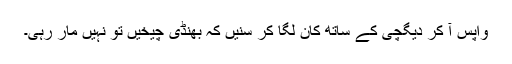
واپس آ کر دیگچی کے ساتھ کان لگا کر سنیں کہ بھنڈی چیخیں تو نہیں مار رہی۔